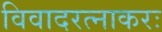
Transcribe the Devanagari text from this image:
विवादरत्नाकरः